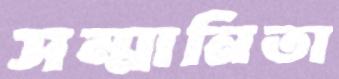
সম্মানিতা